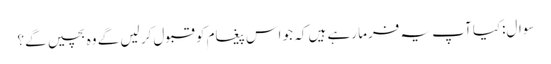
سوال:کیا آپ یہ فرما رہے ہیں کہ جو اس پیغام کو قبول کر لیں گے وہ بچیں گے؟